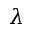
\lambda